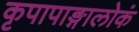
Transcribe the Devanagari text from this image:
कृपापाङ्गालोकं